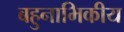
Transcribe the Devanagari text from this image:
बहुनाभिकीय